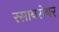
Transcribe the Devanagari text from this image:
रसाबरोबर